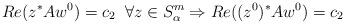
LaTeX: \begin{align*} Re(z^*Aw^0)=c_2\;\;\forall z\in S^{m}_\alpha\Rightarrow Re((z^0)^*Aw^0)=c_2\end{align*}